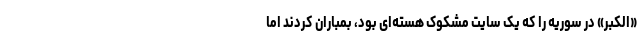
«الکبر» در سوریه را که یک سایت مشکوک هسته‌ای بود، بمباران کردند اما